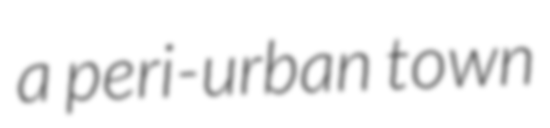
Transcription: a peri-urban town